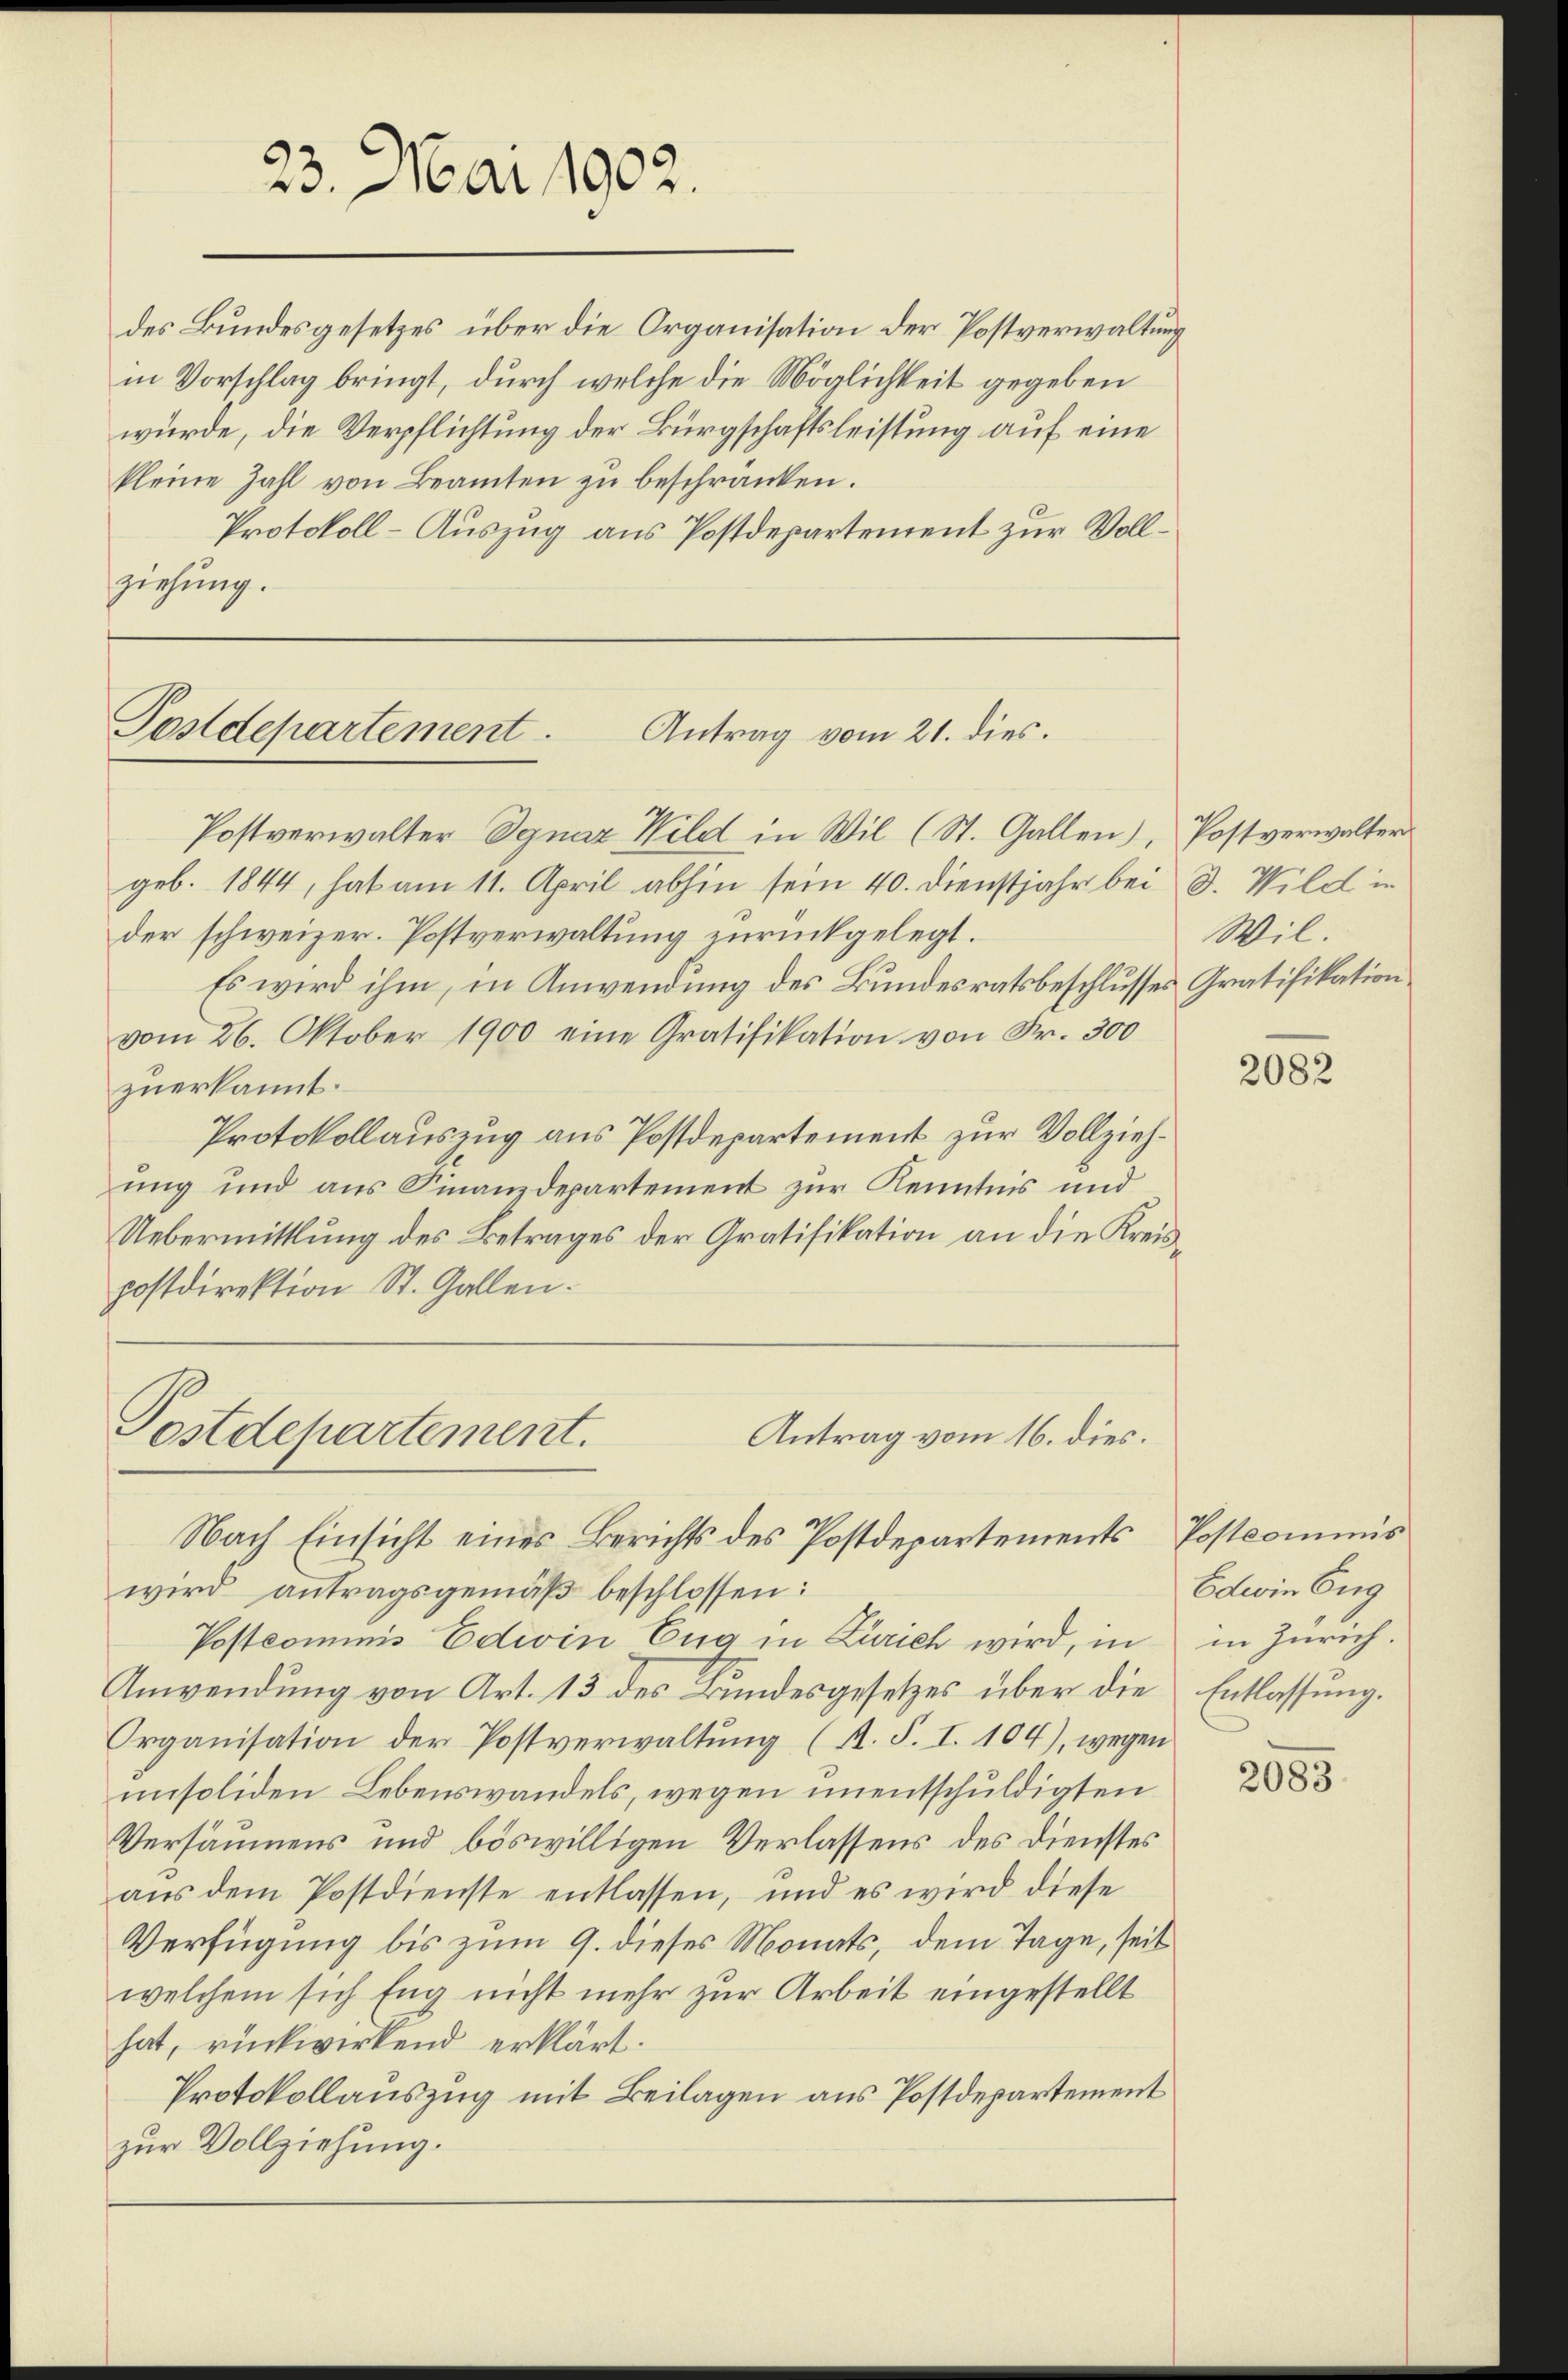
23. Mai 1902.

des Bundesgesetzes über die Organisation der Postverwaltung
in Vorschlag bringt, durch welche die Möglichkeit gegeben
würde, die Verpflichtung der Bürgschaftsleistung auf eine
kleine Zahl von Beamten zŭ beschränken.
Protokoll-Auszug aus Postdepartement zur Vollziehung.

Postdepartement.
Antrag vom 21. dies.

Postdepartement.
Antrag vom 16. dies.

Wil.

Postverwalter Ignaz Wild in Wil (St. Gallen), Postverwalter
geb. 1844, hat am 11. April abhin sein 40. Dienstjahr bei d. Wild in
der schweizer. Postverwaltung zurückgelegt.
Es wird ihm, in Anwendung des Bundesratsbeschlusses Gratifikation
vom 26. Oktober 1900 eine Gratifikation von Fr. 300
zuerkannt.
Protokollauszug aus Postdepartement zur Vollziehung und aus Finanzdepartement zur Kenntnis und
Uebermittlung des Betrages der Gratifikation an die Kreispostdirektion St. Gallen.
Nach Einsicht eines Berichts des Postdepartements Postcommis
wird antragsgemäβ beschlossen:
Postcommis Edivin Eug in Zürich wird, in
Anwendung von Art. 13 des Bundesgesetzes über die
Organisation der Postverwaltŭng (s. S. I. 104), wegen
unsoliden Lebenswandels, wegen unentschuldigten
Versäumens und böswilligen Verlassens des Dienstes
aus dem Postdienste entlassen, und es wird diese
Verfügung bis zum 9. dieses Monats, dem Tage, seit
welchem sich Eng nicht mehr zur Arbeit eingestellt
hat, rückwirkend erklärt.
Protokollauszug mit Beilagen aus Postdepartement
zur Vollziehung.

2082

Edwin Eng
in Zürich.
Entlassung.

2083